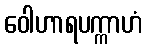
ဝေါဟာရပက္ကာဟံ